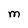
Character: m